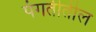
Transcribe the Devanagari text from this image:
पंगतीतील